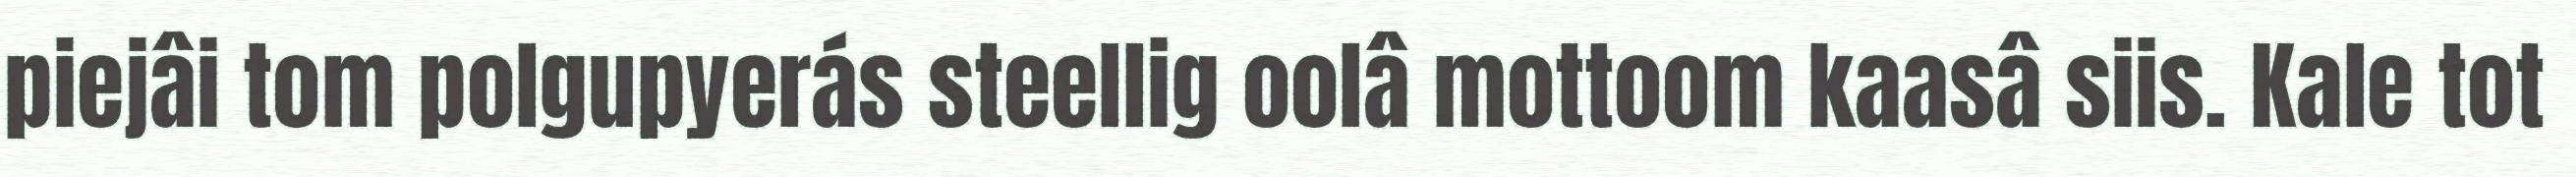
piejâi tom polgupyerás steellig oolâ mottoom kaasâ siis. Kale tot